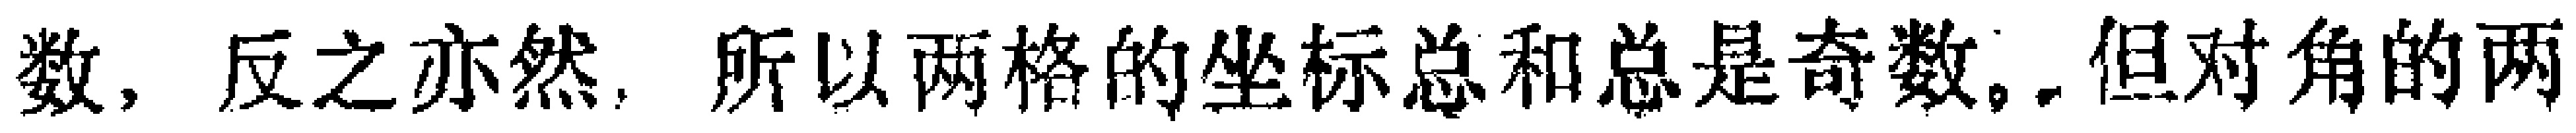
数, 反之亦然. 所以两格的坐标总和总是奇数。. 但对角的两